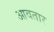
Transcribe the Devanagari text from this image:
आवतार